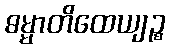
ဓမ္မာတိထေယျဉ္စ